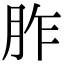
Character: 胙